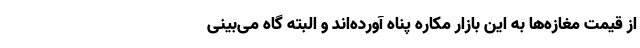
از قیمت مغازه‌ها به این بازار مکاره پناه آورده‌اند و البته گاه می‌بینی